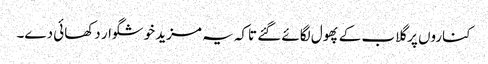
کناروں پر گلاب کے پھول لگائے گئے تاکہ یہ مزید خوشگوار دکھائی دے۔